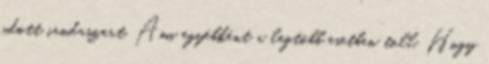
adott irodaszert. Ami egyébként a legtöbb esetben toll. Hogy